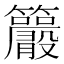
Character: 𥸂